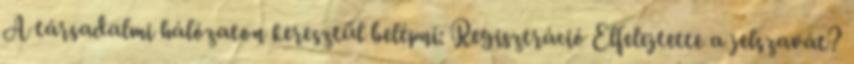
A társadalmi hálózaton keresztül belépni: Regisztráció Elfelejtette a jelszavát?